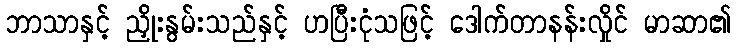
ဘာသာနှင့် ညှိုးနွမ်းသည်နှင့် ဟပြီးငုံသဖြင့် ဒေါက်တာနန်းလှိုင် မာဆာ၏